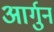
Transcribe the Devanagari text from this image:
आर्गुन